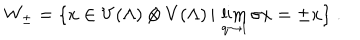
W _ { \pm } = \{ x \in V ( \Lambda ) \otimes V ( \Lambda ) \, | \, \lim _ { q \rightarrow 1 } \sigma x = \pm x \} \; .